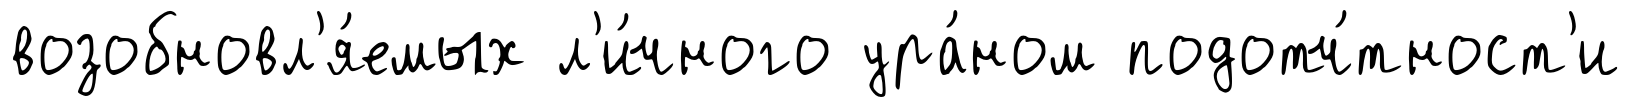
возобновл'я́емых л'и́чного ура́ном подотч́тност'и